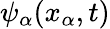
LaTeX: \psi_{\alpha}(x_{\alpha},t)